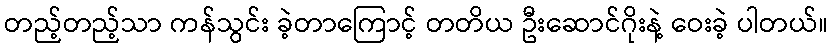
တည့်တည့်သာ ကန်သွင်း ခဲ့တာကြောင့် တတိယ ဦးဆောင်ဂိုးနဲ့ ဝေးခဲ့ ပါတယ်။